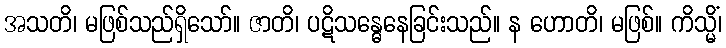
အသတိ၊ မဖြစ်သည်ရှိသော်။ ဇာတိ၊ ပဋိသန္ဓေနေခြင်းသည်။ န ဟောတိ၊ မဖြစ်။ ကိသ္မိံ၊